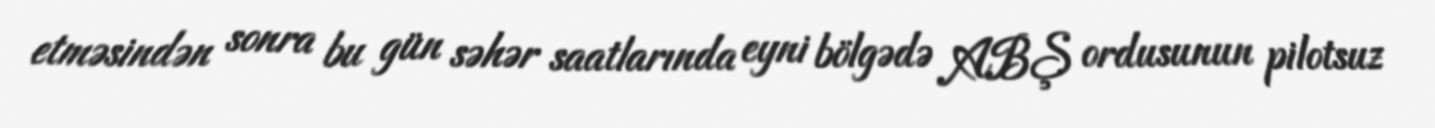
etməsindən sonra bu gün səhər saatlarında eyni bölgədə ABŞ ordusunun pilotsuz